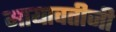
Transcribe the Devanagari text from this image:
मायावतीजी